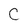
Character: C